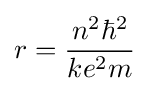
r={n^{2}\hbar ^{2} \over ke^{2}m}